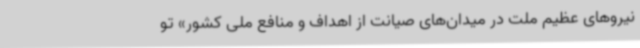
نیروهای عظیم ملت در میدان‌های صیانت از اهداف و منافع ملی کشور» تو